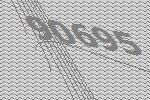
90695